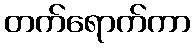
တက်ရောက်ကာ